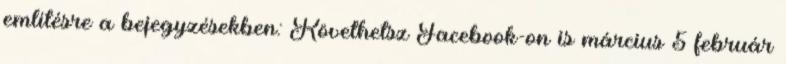
említésre a bejegyzésekben: Követhetsz Facebook-on is március 5 február